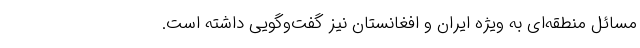
مسائل منطقه‌ای به ویژه ایران و افغانستان نیز گفت‌وگویی داشته است.